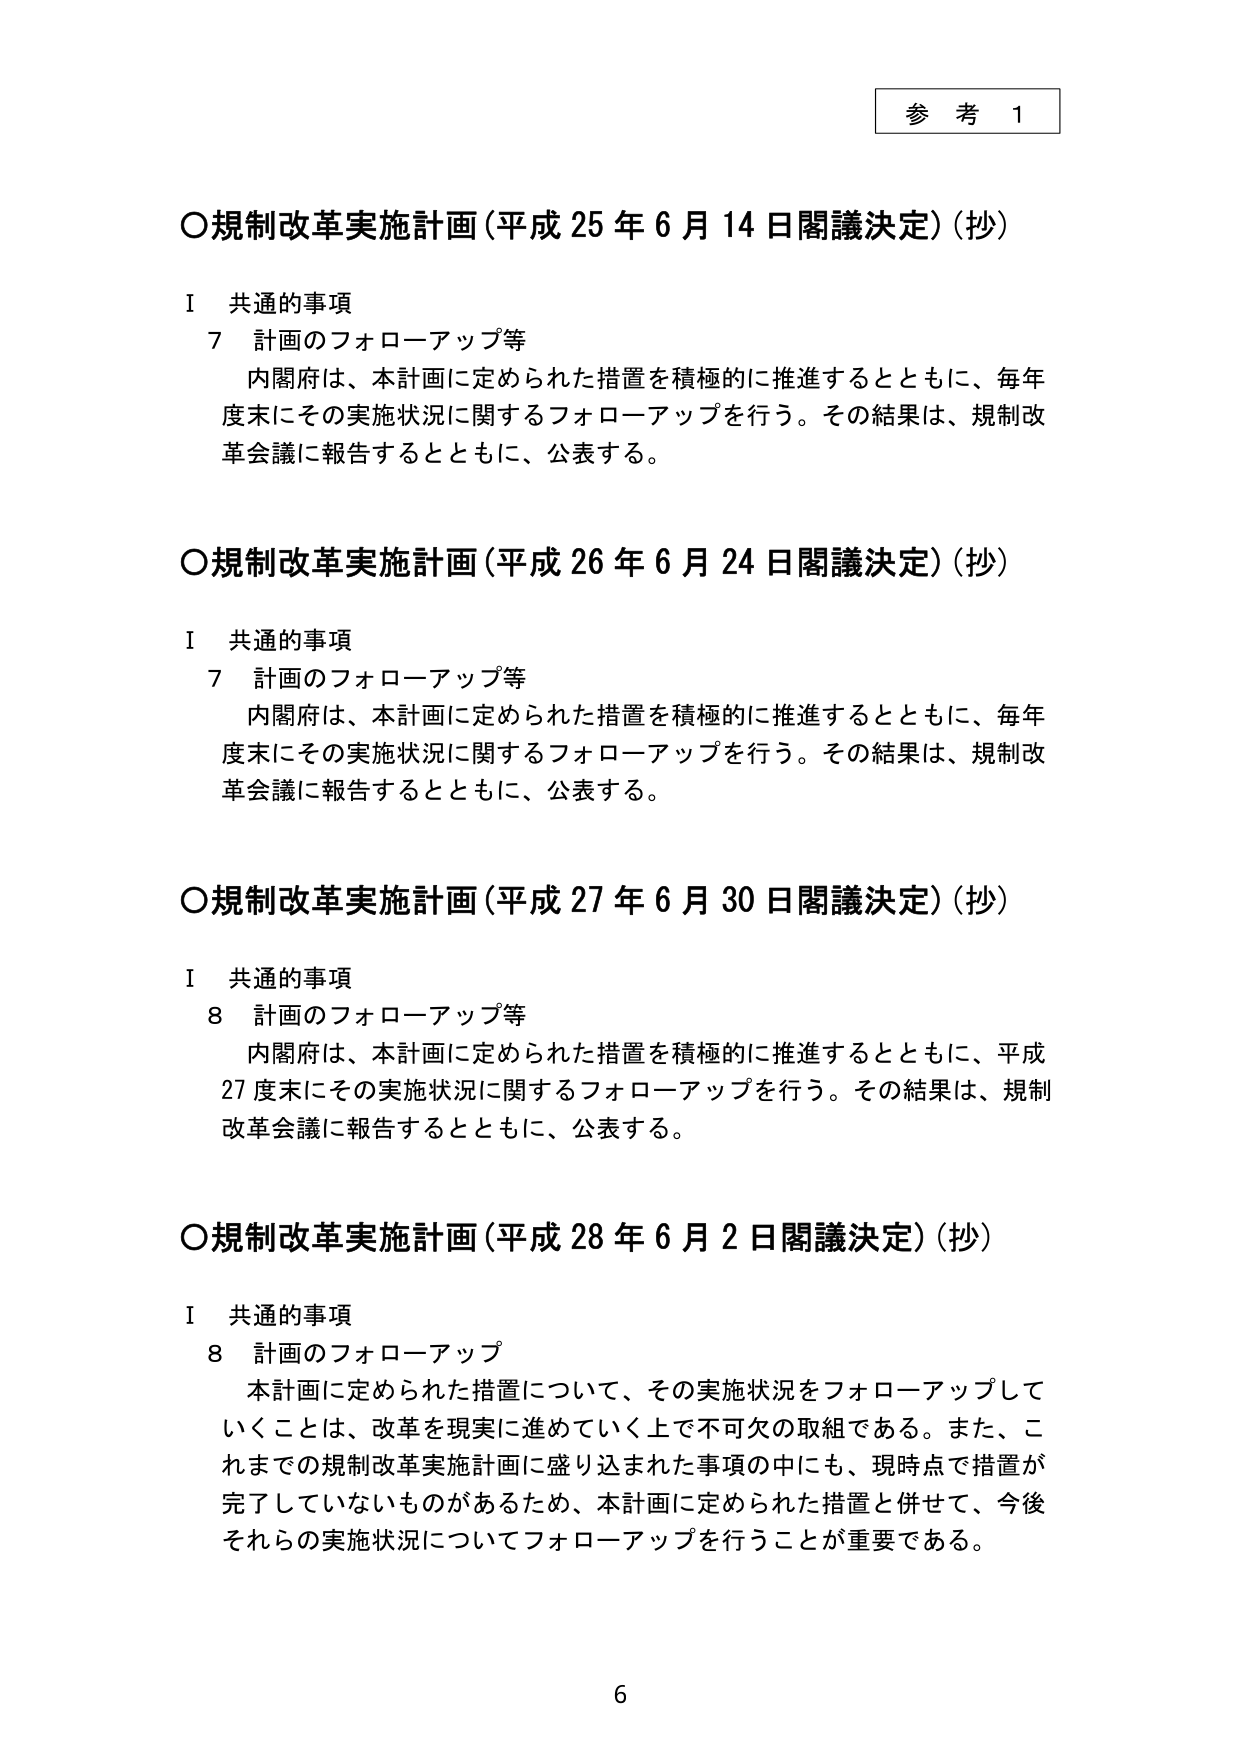
参考 1

○規制改革実施計画（平成25年6月14日閣議決定）（抄）

Ⅰ 共通的事項
7 計画のフォローアップ等
内閣府は、本計画に定められた措置を積極的に推進するとともに、毎年度末にその実施状況に関するフォローアップを行う。その結果は、規制改革会議に報告するとともに、公表する。

○規制改革実施計画（平成26年6月24日閣議決定）（抄）

Ⅰ 共通的事項
7 計画のフォローアップ等
内閣府は、本計画に定められた措置を積極的に推進するとともに、毎年度末にその実施状況に関するフォローアップを行う。その結果は、規制改革会議に報告するとともに、公表する。

○規制改革実施計画（平成27年6月30日閣議決定）（抄）

Ⅰ 共通的事項
8 計画のフォローアップ等
内閣府は、本計画に定められた措置を積極的に推進するとともに、平成27年度末にその実施状況に関するフォローアップを行う。その結果は、規制改革会議に報告するとともに、公表する。

○規制改革実施計画（平成28年6月2日閣議決定）（抄）

Ⅰ 共通的事項
8 計画のフォローアップ
本計画に定められた措置について、その実施状況をフォローアップしていくことは、改革を現実に進めていく上で不可欠の取組である。また、これまでの規制改革実施計画に盛り込まれた事項の中にも、現時点で措置が完了していないものがあるため、本計画に定められた措置と併せて、今後それらの実施状況についてフォローアップを行うことが重要である。

6